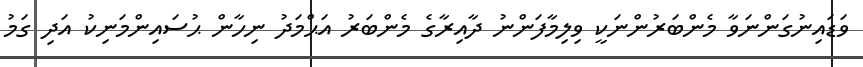
ވަޑައިނުގަންނަވާ މެންބަރުންނަކީ ވިލިމާފަންނު ދާއިރާގެ މެންބަރު އަޙްމަދު ނިހާން ޙުސައިންމަނިކު އަދި ގަމު